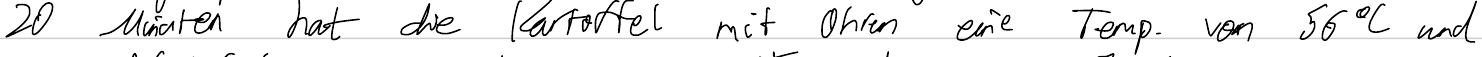
20 Minuten hat die Kartoffel mit Ohren eine Temp. von 56°C und